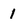
Character: 1